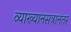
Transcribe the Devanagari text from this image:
व्याख्यानसत्रानंतर